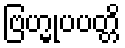
ဗြဟ္မုပပတ္တိ